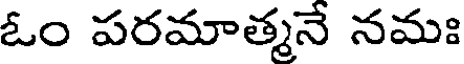
ఓం పరమాత్మనే నమః